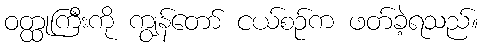
ဝတ္ထုကြီးကို ကျွန်တော် ငယ်စဉ်က ဖတ်ခဲ့ရသည်။